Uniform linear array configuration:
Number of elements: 32
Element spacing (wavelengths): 0.25
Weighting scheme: hamming
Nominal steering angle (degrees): -60
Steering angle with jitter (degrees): -60.685
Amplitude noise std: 0.05
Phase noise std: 0.05

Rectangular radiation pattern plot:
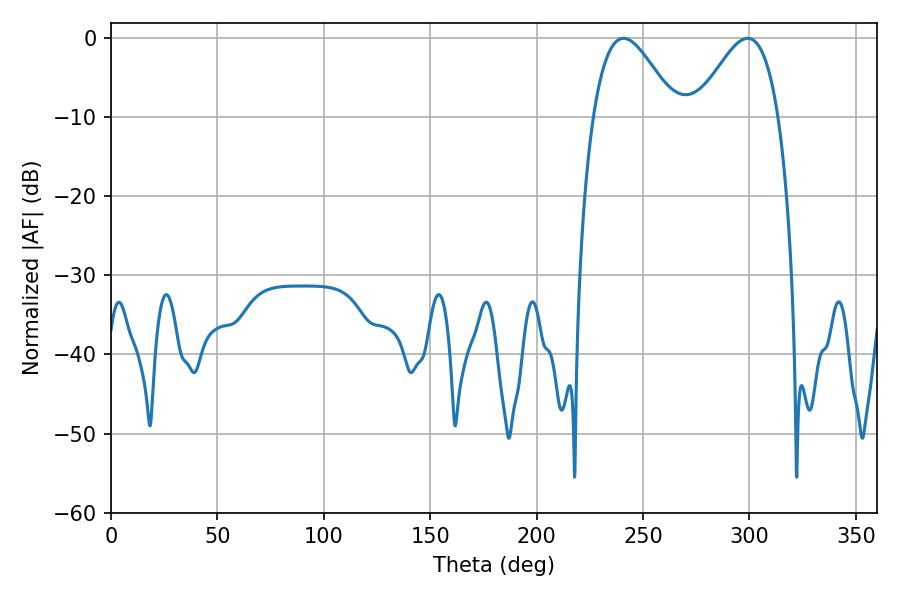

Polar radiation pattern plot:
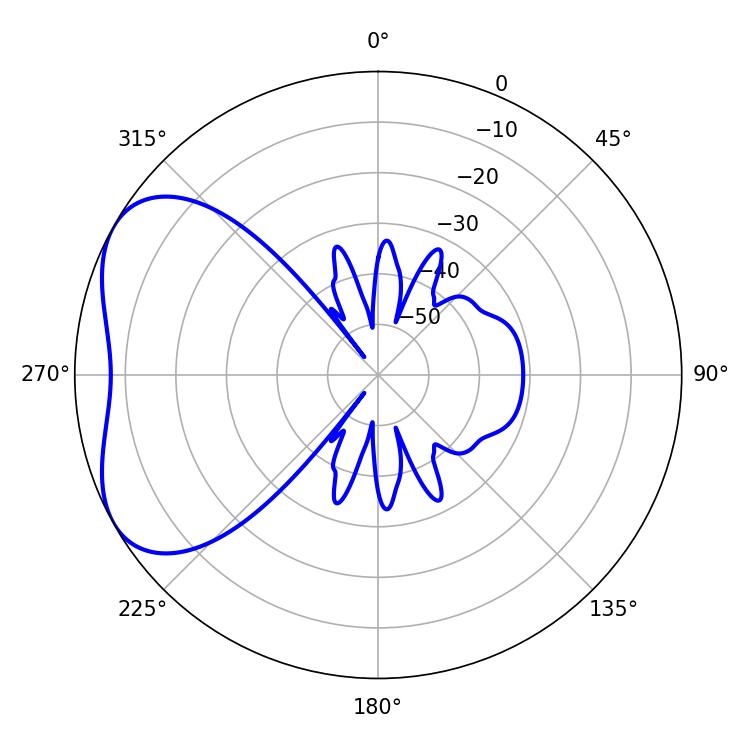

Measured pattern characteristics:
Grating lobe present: FALSE
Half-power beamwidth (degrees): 20.7
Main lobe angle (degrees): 240.84